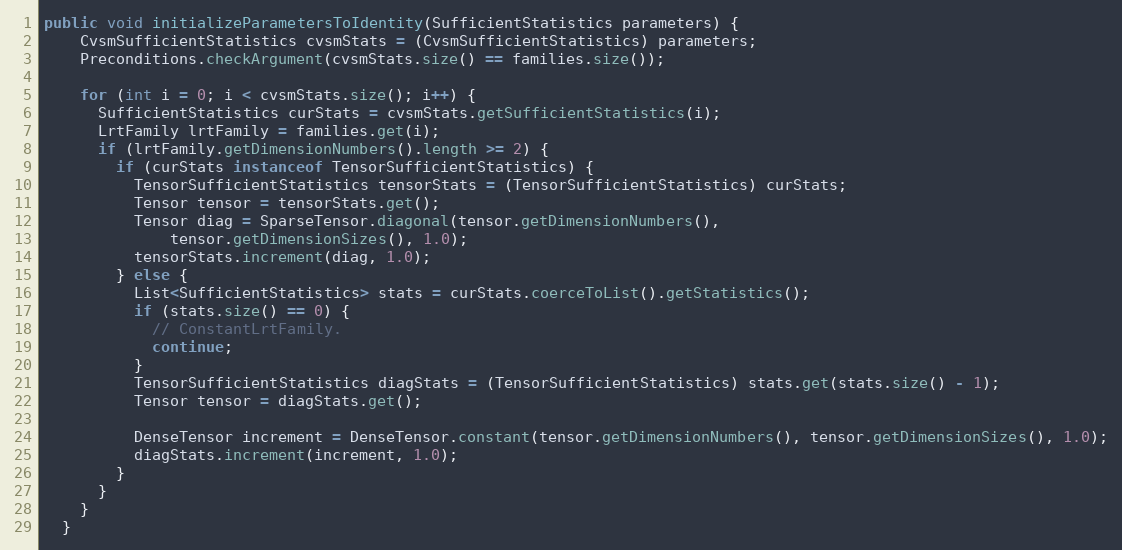
Language: Java
public void initializeParametersToIdentity(SufficientStatistics parameters) {
    CvsmSufficientStatistics cvsmStats = (CvsmSufficientStatistics) parameters;
    Preconditions.checkArgument(cvsmStats.size() == families.size());

    for (int i = 0; i < cvsmStats.size(); i++) {
      SufficientStatistics curStats = cvsmStats.getSufficientStatistics(i);
      LrtFamily lrtFamily = families.get(i);
      if (lrtFamily.getDimensionNumbers().length >= 2) {
        if (curStats instanceof TensorSufficientStatistics) {
          TensorSufficientStatistics tensorStats = (TensorSufficientStatistics) curStats;
          Tensor tensor = tensorStats.get();
          Tensor diag = SparseTensor.diagonal(tensor.getDimensionNumbers(),
              tensor.getDimensionSizes(), 1.0);
          tensorStats.increment(diag, 1.0);
        } else {
          List<SufficientStatistics> stats = curStats.coerceToList().getStatistics();
          if (stats.size() == 0) {
            // ConstantLrtFamily.
            continue;
          }
          TensorSufficientStatistics diagStats = (TensorSufficientStatistics) stats.get(stats.size() - 1);
          Tensor tensor = diagStats.get();

          DenseTensor increment = DenseTensor.constant(tensor.getDimensionNumbers(), tensor.getDimensionSizes(), 1.0);
          diagStats.increment(increment, 1.0);
        }
      }
    }
  }